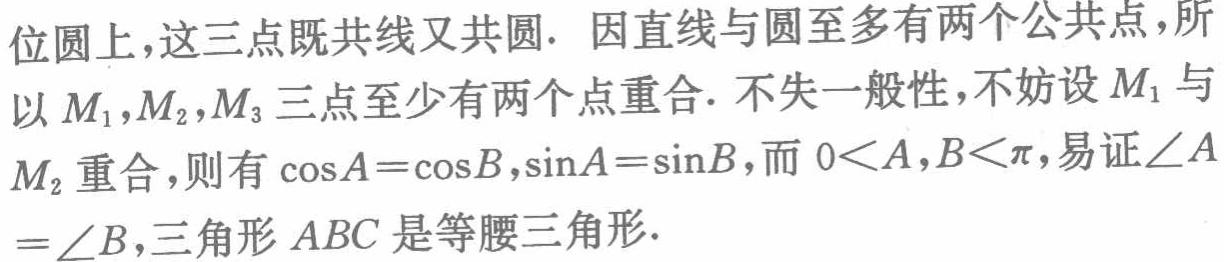
位圆上,这三点既共线又共圆. 因直线与圆至多有两个公共点,所以 \(M_1,M_2,M_3\) 三点至少有两个点重合. 不失一般性,不妨设 \(M_1\) 与 \(M_2\) 重合,则有 \(\cos A = \cos B,\sin A=\sin B\),而 \(0 < A,B < \pi\),易证\(\angle A=\angle B\),三角形 \(ABC\) 是等腰三角形.